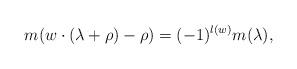
LaTeX: \begin{align*} m(w\cdot (\lambda+\rho)-\rho)=(-1)^{l(w)}m(\lambda),\end{align*}